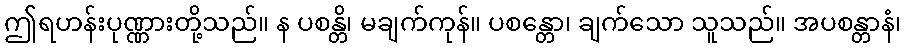
ဤရဟန်းပုဏ္ဏားတို့သည်။ န ပစန္တိ၊ မချက်ကုန်။ ပစန္တော၊ ချက်သော သူသည်။ အပစန္တာနံ၊